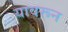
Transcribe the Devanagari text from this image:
यावरून